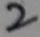
2